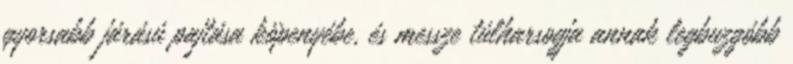
gyorsabb járású pajtása köpenyébe, és messze túlharsogja annak legbuzgóbb